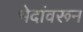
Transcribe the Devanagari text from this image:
भेदांवरून